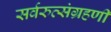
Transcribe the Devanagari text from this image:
सर्वरुत्संग्रहणी